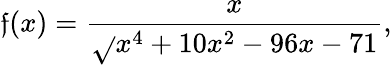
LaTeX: \mathfrak{f}(x)={\frac{{x}}{{\sqrt{}{{x^{4}+10x^{2}-96x-71}}}}},